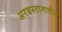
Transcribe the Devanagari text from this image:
अरबस्तानातील